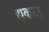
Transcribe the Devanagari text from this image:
द्यूकात